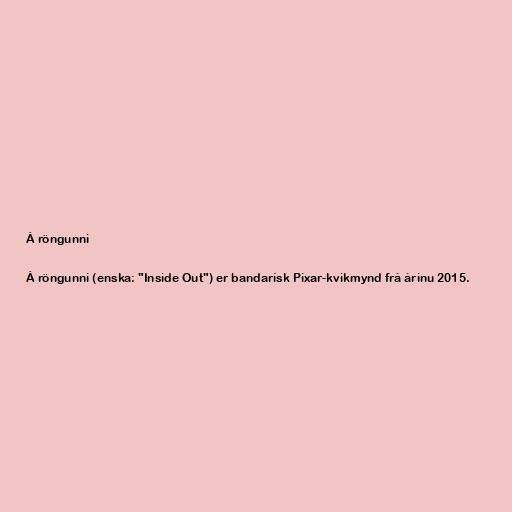
Á röngunni

Á röngunni (enska: "Inside Out") er bandarísk Pixar-kvikmynd frá árinu 2015.